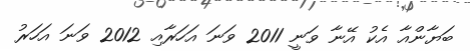
ބަޔާންއާ އެކު އޭނާ ވަނީ 2011 ވަނަ އަހަރާއި 2012 ވަނަ އަހަރު